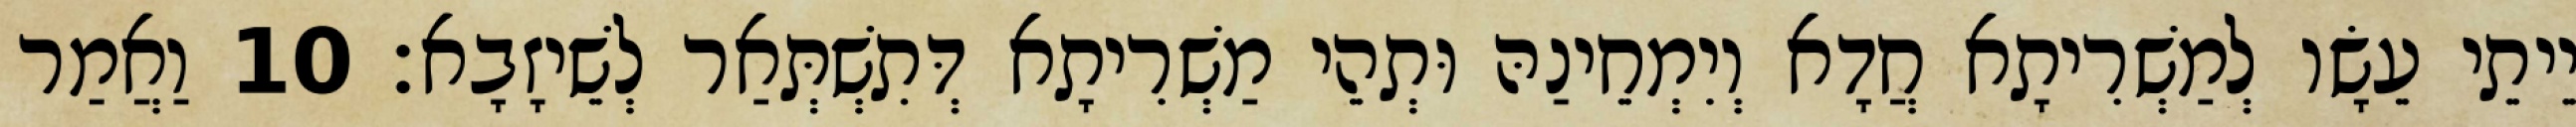
יֵיתֵי עֵשָׂו לְמַשְׁרִיתָא חֲדָא וְיִמְחֵינַהּ וּתְהֵי מַשְׁרִיתָא דְּתִשְׁתְּאַר לְשֵׁיזָבָא׃ 10 וַאֲמַר